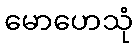
မောဟေသုံ